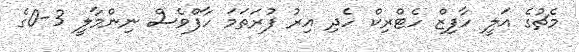
މެޗުގެ އަލީ ހާފިޒް ހެޓްރިކް ހެދި އިރު ފުރަތަމަ ހާފްވެސް ނިންމާލީ 3-0ގެ